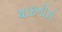
ચાઇનીઝો